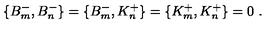
\{ B _ { m } ^ { - } , B _ { n } ^ { - } \} = \{ B _ { m } ^ { - } , K _ { n } ^ { + } \} = \{ K _ { m } ^ { + } , K _ { n } ^ { + } \} = 0 \ .